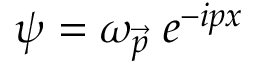
\psi = \omega _ { \vec { p } } \; e ^ { - i p x }